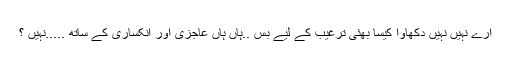
ارے نہیں نہیں دکھاوا کیسا بھئی ترغیب کے لیے بس ..ہاں ہاں عاجزی اور انکساری کے ساتھ .....نہیں ؟